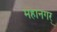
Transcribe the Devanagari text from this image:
महानगर्